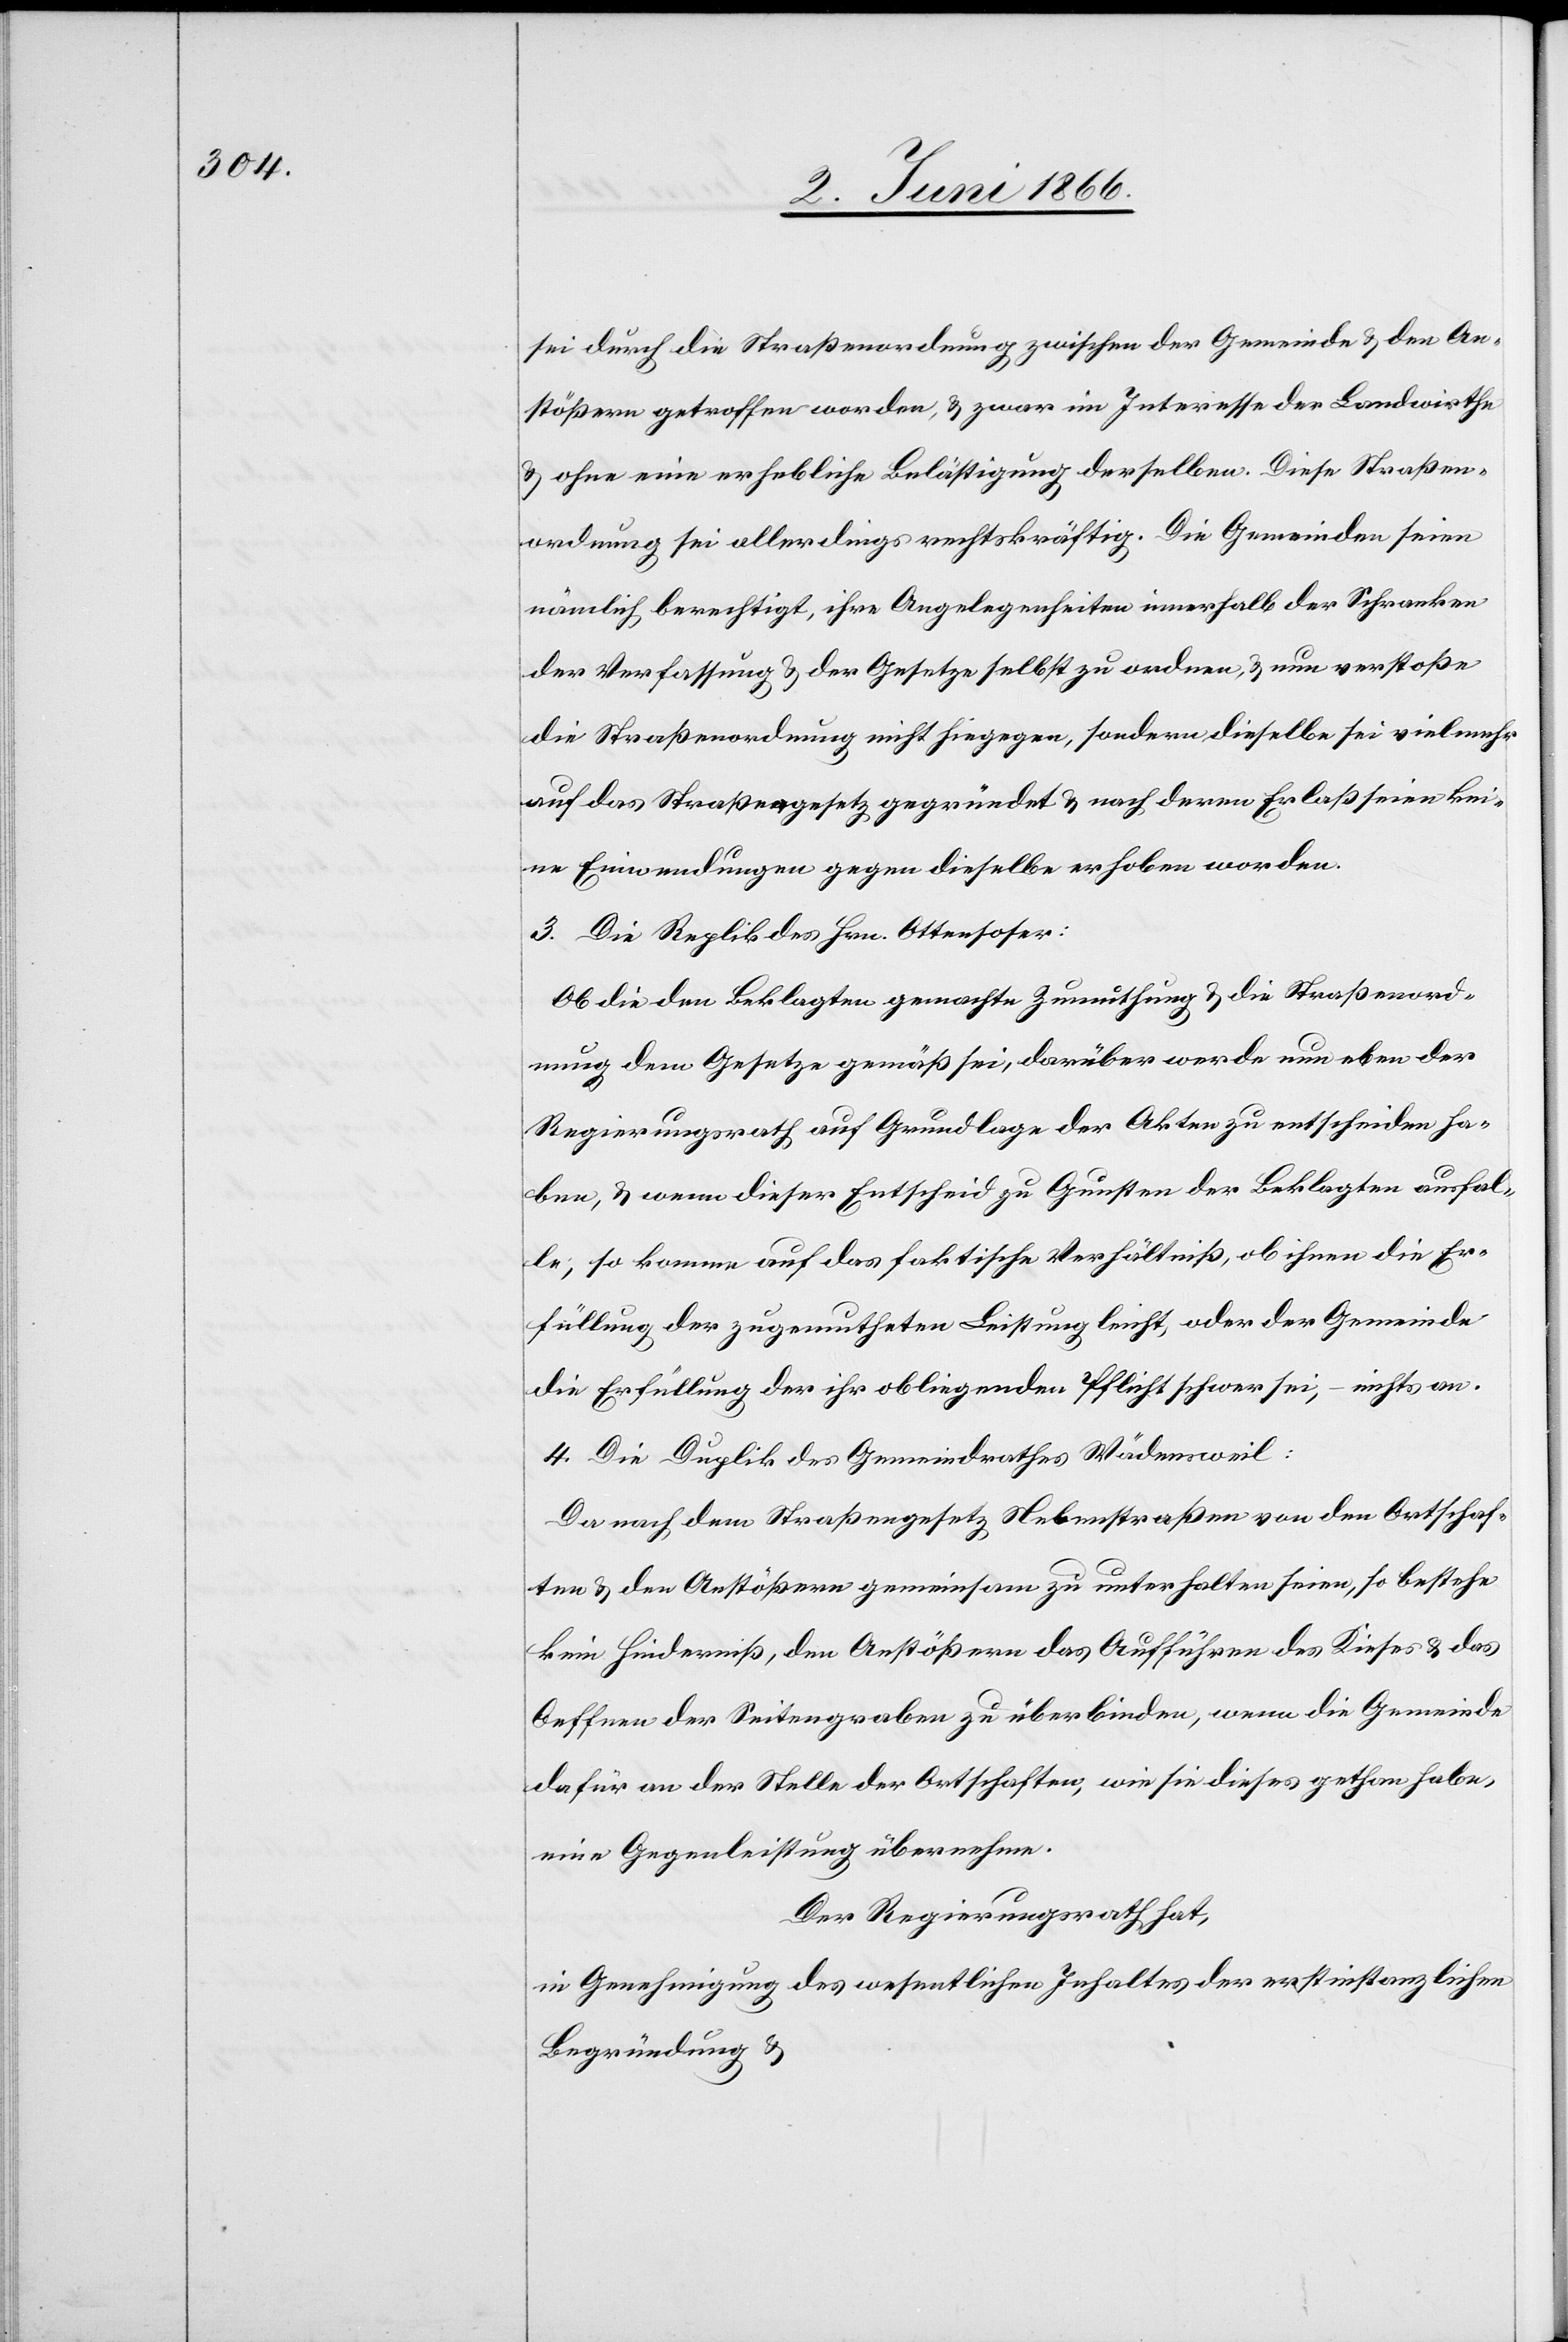
sei durch die Straßenordnung zwischen der Gemeinde u. den An¬
stößern getroffen worden, u. zwar im Interesse der Landwirthe
u. ohne eine erhebliche Belästigung derselben. Die Gemeinden
nämlich berechtigt, ihre Angelegenheiten innerhalb der Schranken
der Verfassung u. der Gesetze selbst zu ordnen, u. nun verstoße
die Straßenordnung nicht hiegegen, sondern dieselbe sei vielmehr
auf das Straßengesetz gegründet u. nach deren Erlaß seien kei¬
ne Einwendungen gegen dieselbe erhoben worden.
3. Die Replik des Hrn. Ottenhoher:
Ob die den Beklagten gemachte Zumuthung u. die Straßenord¬
nung dem Gesetze gemäß sei, darüber werde nun eben der
Regierungsrath auf Grundlage der Akten zu entscheiden ha¬
ben, u. wenn dieser Entscheid zu Gunsten der Beklagten ausfal¬
le, so komme auf das faktische Verhältniß, ob ihnen die Er¬
füllung der zugemutheten Leistung leicht, oder der Gemeinde
die Erfüllung der ihr obliegenden Pflicht schwer sei, – nichts an.
4. Die Duplik des Gemeindrathes Wädensweil.
Da nach dem Straßengesetz Nebenstraßen von den Ortschaf¬
ten u. den Anstößern gemeinsam zu unterhalten seien, so bestehe
kein Hinderniß den Anstößern das Aufführen des Kieses u. das
Oeffnen der Seitengraben zu überbinden, wenn die Gemeinde
dafür an der Stelle der Ortschaften, wie sie dieses gethan habe,
eine Gegenleistung übernehme.
Der Regierungsrath hat,
in Genehmigung des wesentlichen Inhaltes der erstinstanzlichen
Begründung u.